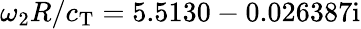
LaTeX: \omega_{2}R/c_{\mathrm{T}}=5.5130-0.026387\mathrm{i}